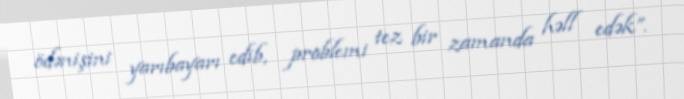
ödənişini yarıbayarı edib, problemi tez bir zamanda həll edək”.